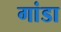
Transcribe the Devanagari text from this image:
गांडा